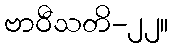
ဗာဝီသတိ-၂၂။